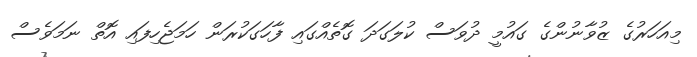
މިއަހަރުގެ ޒުވާނުންގެ ގައުމީ ދުވަސް ކުލަގަދަ ގޮތެއްގައި ފާހަގަކުރަން ހަމަޖެހިފައި އޮތް ނަމަވެސް